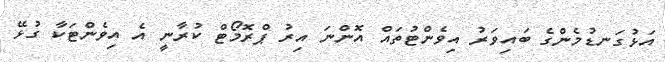
އަޅުގަނޑުމެންގެ ބައިވަރު އިވެންޓުތައް އޮންނަ އިރު ޕްރޮމޯޓް ކުރާނީ އެ އިވެންޓަކާ ގުޅޭ